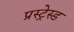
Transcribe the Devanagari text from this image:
प्रस्ट्रेस्ड